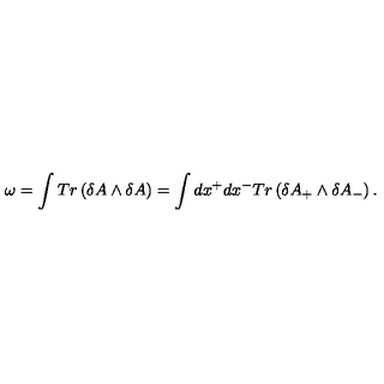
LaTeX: \omega = \int T r \left( \delta A \wedge \delta A \right) = \int d x ^ { + } d x ^ { - } T r \left( \delta A _ { + } \wedge \delta A _ { - } \right) .